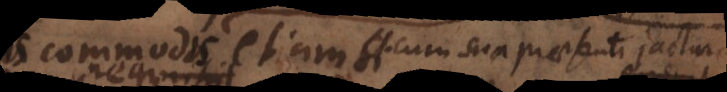
commodis etiam cum sua praesenti jactura